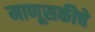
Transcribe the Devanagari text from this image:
माणूसकीचे